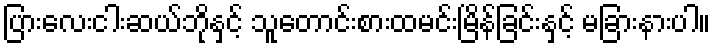
ပြားလေးငါးဆယ်ဘိုနှင့် သူတောင်းစားထမင်းမြိန်ခြင်းနှင့် မခြားနားပါ။